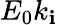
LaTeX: E_{0}k_{\mathbf{i}}